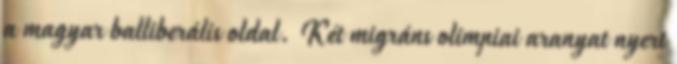
a magyar balliberális oldal. Két migráns olimpiai aranyat nyert